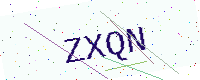
Text: ZXQN